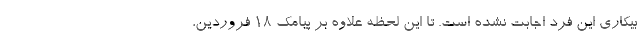
بیکاری این فرد اجابت نشده است. تا این لحظه علاوه بر پیامک ۱۸ فروردین،